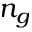
n _ { g }